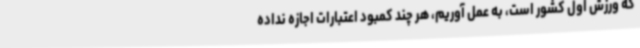
که ورزش اول کشور است، به عمل آوریم، هر چند کمبود اعتبارات اجازه نداده